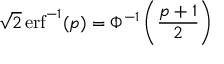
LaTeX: { \sqrt { 2 } } \operatorname { e r f } ^ { - 1 } ( p ) = \Phi ^ { - 1 } \left( { \frac { p + 1 } { 2 } } \right)